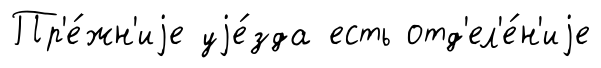
Пр'е́жн'иjе уjе́зда есть отд'ел'е́н'иjе